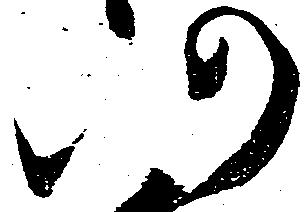
仍